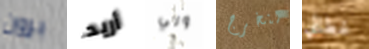
برون أريد ولي لنخرج غطائي